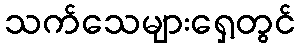
သက်သေများရှေ့တွင်